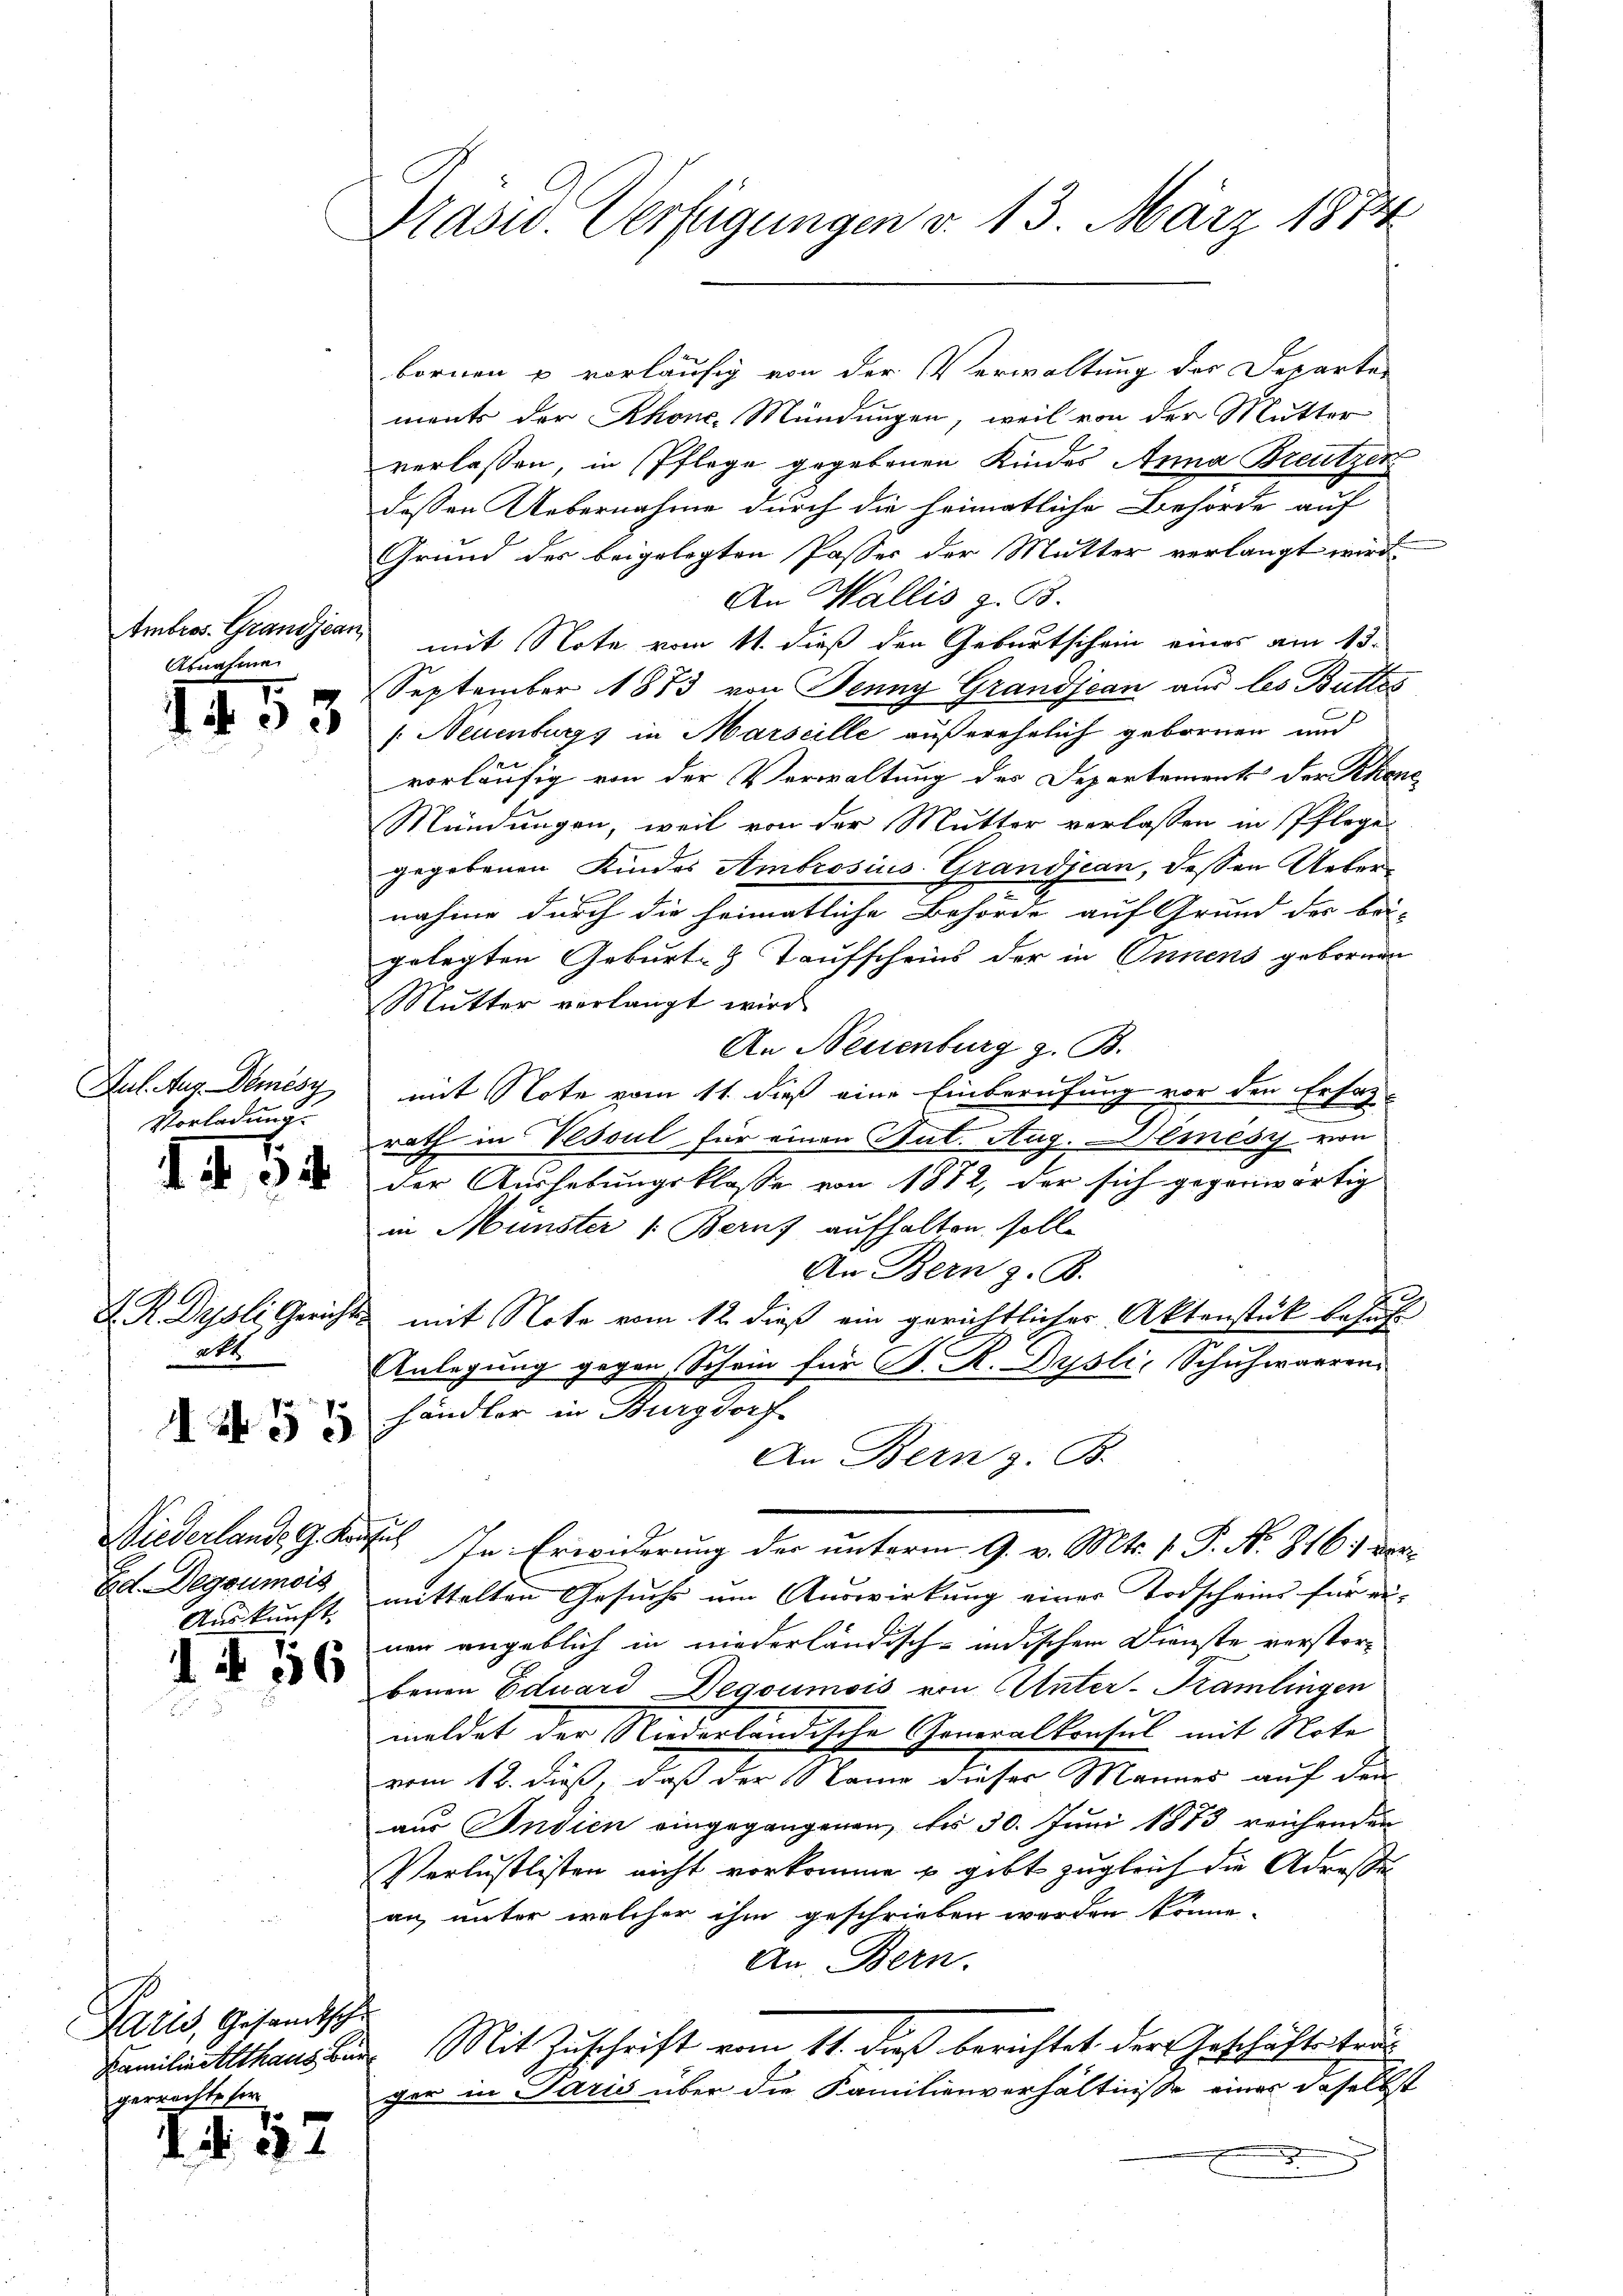
Abnahme

1453

Jul. Aug. Demésy
Vorladung

44. 54

att

N 55

Ed. Degoumois
Auskunft.

Paris, Gesandtsch
errechte ser

Präsid. Verfügungen v. 13. März 1884

1456

32

ments der Rhone, Mündungen, weil von der Mutter
verlaßen, in Pflege gegebenen Kindes Anna Breutzen
dessen Uebernahme durch die heimatliche Behörde auf
Grund des beigelegten Passer der Mutter verlangt wird
An Wallis z. B.
Ambros. Grandjean mit Note vom 11. dieß den Geburtschein eines am 15.
September 1873 von Jenny Grandjean aus les Buttes
/: Neuenburgs in Marseille außerehelich gebornen und
vorläufig von der Verwaltung des Departements der Khans¬
Mündungen, weil von der Mutter verlassen in Pflege
gegebenen Kindes Ambrosius Grandjean, dessen Uebernahme durch die heimatliche Behörde auf Grund der bei-
gelegten Geburt Taufscheins der in Innens gebornen
Mutter verlangt wird
An Neuenburg z. B.
mit Note vom 11. dieß eine Einberufung vor den Erfah-
rath in Vesoul für einen Stut. Aug. Demésy von
der Aushebungsklasse von 1882, der sich gegenwärtig
in Münster 1. Berns aufhalten, solle
An Bern z. B.
K. R. Publi Gerichts mit Note vom 12. dieß ein gerichtlicher Aktenstück besucht
Anlegung gegen Schein für P. R. Dysli, Schuhweren
händler in Burgdorf
An Bern z. B.
Wiederlands G. Karl In Erwiderung der unterm 9. v. Mts. v. P. Nr. 816 :/ dermittelten Gesuchs um Auswirkung einer Vorscheins für ei-
nen angeblich in niederländisch-indischen Dienste verstorbenen Eduard Degoumois von Unter-Kramlingen
meldet der Niederländische Generalkonsul mit Note
vom 12. dieß, daß der Name dieser Manner auf den
aus Indien eingegangenen, bis 30. Juni 1873 reichender
Verlustlisten nicht vorkomme u gibt zugleich die Adressen
an unter welcher ihm geschrieben werden könne.
An Bern.
.
Familientithaus der Mit Zuschrift vom 11. dieß berichtet der Geschäftstruger in Paris über die Familienverhältnisse einer daselbst

bornen u vorläufig von der Verwaltung der Departer